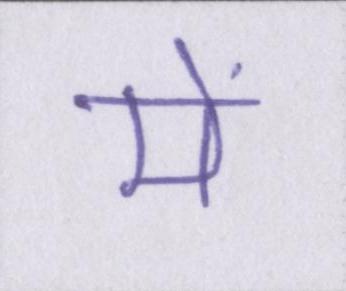
में